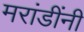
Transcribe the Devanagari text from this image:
मरांडींनी